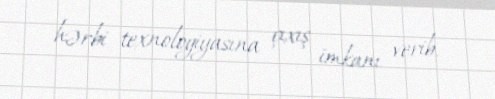
hərbi texnologiyasına çıxış imkanı verib.